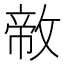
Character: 𪯐